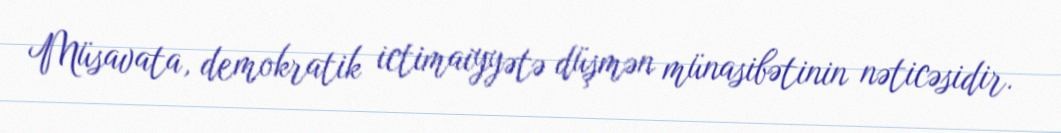
Müsavata, demokratik ictimaiyyətə düşmən münasibətinin nəticəsidir.